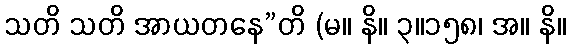
သတိ သတိ အာယတနေ”တိ (မ။ နိ။ ၃။၁၅၈၊ အ။ နိ။